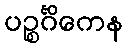
ပဉ္စင်္ဂိကေန